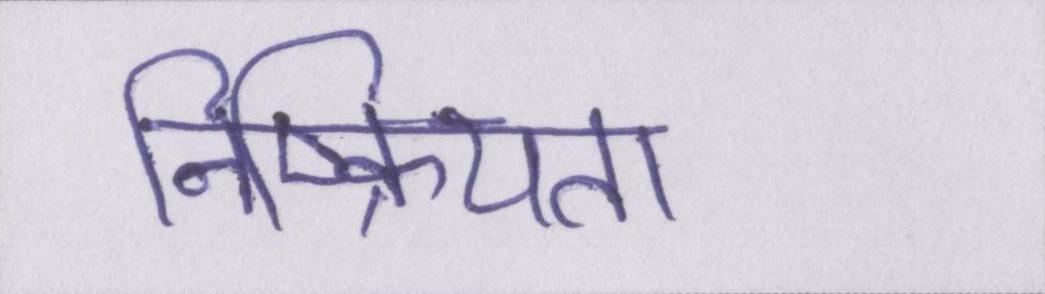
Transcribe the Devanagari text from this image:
निष्क्रियता